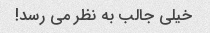
خیلی جالب به نظر می رسد!